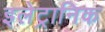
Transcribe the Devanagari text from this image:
इलेट्रानिक